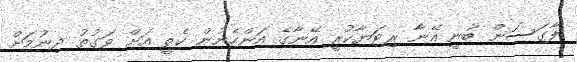
ފާގަސަން ބުނީ އޭނާ ރިޓަޔާކުރީ އޭނާގެ އަންހެނުން ކެތީ އަށް ވަގުތު ދިނުމަށް